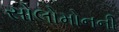
સોલોમોનની